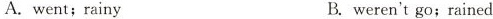
A.went;rainy B.weren't go;rained